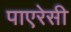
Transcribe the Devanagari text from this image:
पाएरेसी